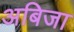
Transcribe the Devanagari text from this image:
अबिजा